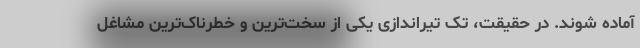
آماده شوند. در حقیقت، تک تیراندازی یکی از سخت‌ترین و خطرناک‌ترین مشاغل